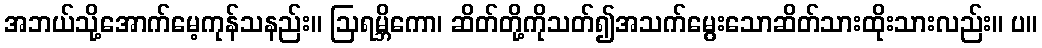
အဘယ်သို့အောက်မေ့ကုန်သနည်း။ ဩရမ္ဘိကော၊ ဆိတ်တို့ကိုသတ်၍အသက်မွေးသောဆိတ်သားထိုးသားလည်း။ ပ။